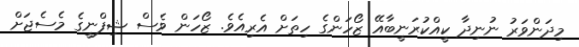
މިދަންވަރު ނުނިދާ ކީއްކުރަނީބާއޭ ޒޯހަންގެ ހިތަށް އެރިއެވެ. ޒޯހަން ވެސް ޝިފްނީގެ މެސެޖަށް